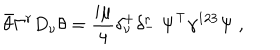
\bar { \theta } \Gamma ^ { r } D _ { \nu } \theta = { \frac { i \mu } { 4 } } \delta _ { \nu } ^ { + } \delta _ { - } ^ { r } \ \Psi ^ { \top } \gamma ^ { 1 2 3 } \Psi \ ,